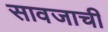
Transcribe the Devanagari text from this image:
सावजाची